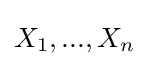
{\textstyle {X}_{1},...,{X}_{n}}